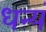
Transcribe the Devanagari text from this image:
धन्यं